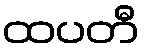
ထပတီ